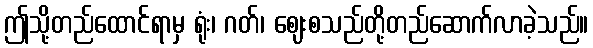
ဤသို့တည်ထောင်ရာမှ ရုံး၊ ဂတ်၊ ဈေးစသည်တို့တည်ဆောက်လာခဲ့သည်။